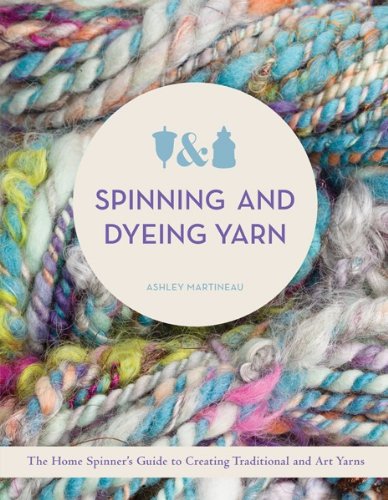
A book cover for Spinning and Dyeing Yarn: The Home Spinners Guide to Creating Traditional and Art Yarns; Ashley Martineau; Crafts, Hobbies & Home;